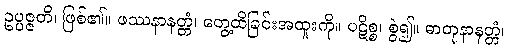
ဥပ္ပဇ္ဇတိ၊ ဖြစ်၏။ ဖဿနာနတ္တံ၊ တွေ့ထိခြင်းအထူးကို။ ပဋိစ္စ၊ စွဲ၍။ ဓာတုနာနတ္တံ၊